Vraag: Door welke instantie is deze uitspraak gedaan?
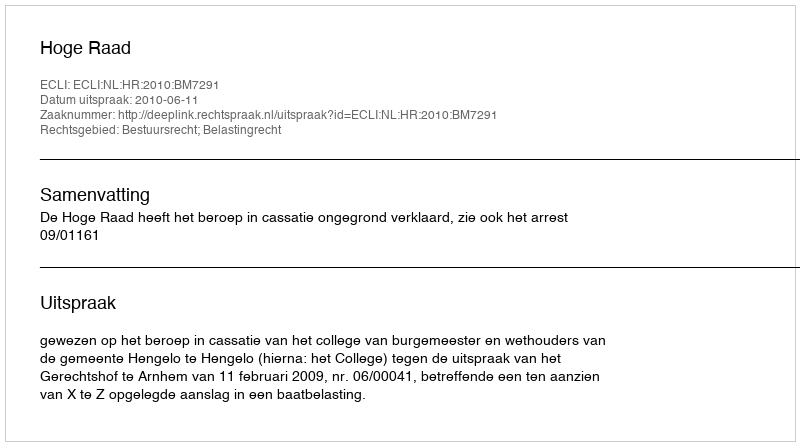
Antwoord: Hoge Raad